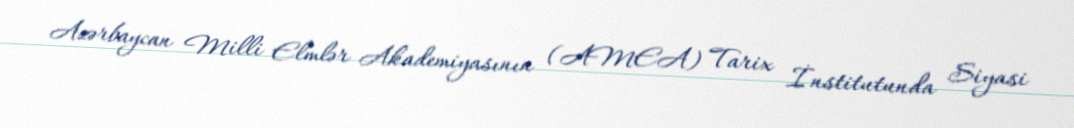
Azərbaycan Milli Elmlər Akademiyasının (AMEA) Tarix İnstitutunda Siyasi